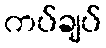
ကပ်ချပ်